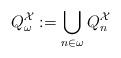
LaTeX: \begin{align*}Q^{\mathcal{X}}_\omega:= \bigcup_{n \in \omega} Q^{\mathcal{X}}_n \end{align*}